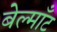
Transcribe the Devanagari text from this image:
बेल्माँट